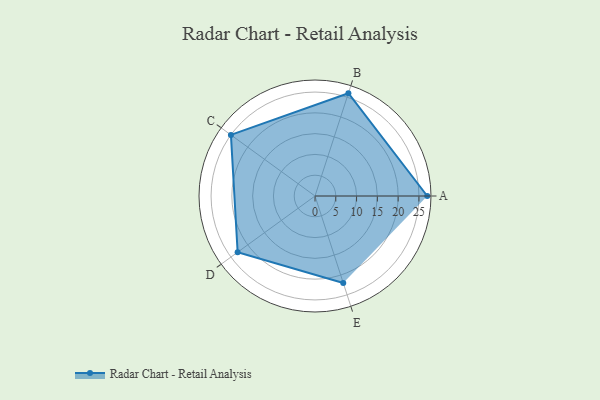
{"axis": {"x": "Skill", "y": "Score"}, "legend": ["Profile"], "data": [{"x": "A", "y": 27.0, "type": "Profile"}, {"x": "B", "y": 26.0, "type": "Profile"}, {"x": "C", "y": 25.0, "type": "Profile"}, {"x": "D", "y": 23.0, "type": "Profile"}, {"x": "E", "y": 22.0, "type": "Profile"}]}